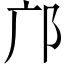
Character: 邝